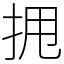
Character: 𫝺